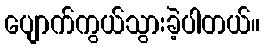
ပျောက်ကွယ်သွားခဲ့ပါတယ်။